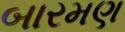
બારમણ